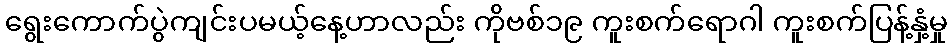
ရွေးကောက်ပွဲကျင်းပမယ့်နေ့ဟာလည်း ကိုဗစ်၁၉ ကူးစက်ရောဂါ ကူးစက်ပြန့်နှံ့မှု